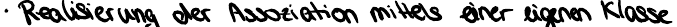
Realisierung der Assoziation mittels einer eigenen Klasse